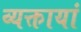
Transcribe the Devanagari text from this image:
व्यक्तायां